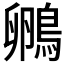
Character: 𮬺